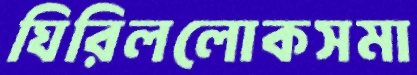
ঘিরিললোকসমা